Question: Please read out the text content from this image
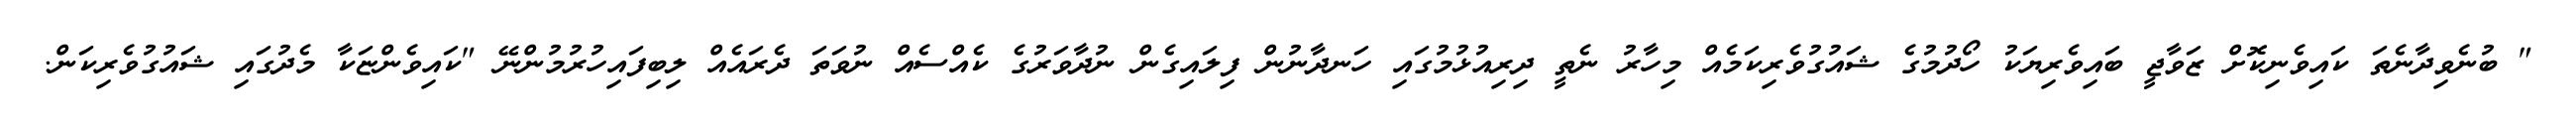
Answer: " ބުނެވިދާނެތަ ކައިވެނިކޮށް ޒަވާޖީ ބައިވެރިޔަކު ހޯދުމުގެ ޝައުގުވެރިކަމެއް މިހާރު ނެތީ ދިރިއުޅުމުގައި ހަނދާނުން ފިލައިގެން ނުދާވަރުގެ ކެއްސެއް ނުވަތަ ދެރައެއް ލިބިފައިހުރުމުންނޭ "ކައިވެންޏަކާ މެދުގައި ޝައުގުވެރިކަން.